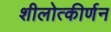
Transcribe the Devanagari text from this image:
शीलोत्कीर्णन